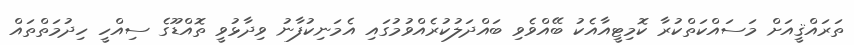
ތަރައްޤީއަށް މަސައްކަތްކުރާ ކޮމިޓީއާއެކު ބޭއްވެވި ބައްދަލުކުރެއްވުމުގައި އެމަނިކުފާނު ވިދާޅުވީ ތޮއްޑޫގެ ސިއްހީ ހިދުމަތްތައް